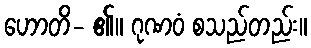
ဟောတိ- ၏။ ဂုဏဝံ စသည်တည်း။